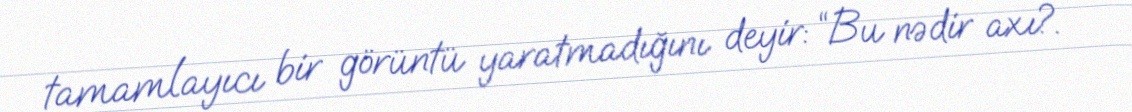
tamamlayıcı bir görüntü yaratmadığını deyir: “Bu nədir axı?.